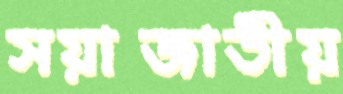
সয়াজাতীয়